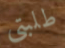
طلبتي